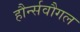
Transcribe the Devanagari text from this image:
हौर्न्सवौगल